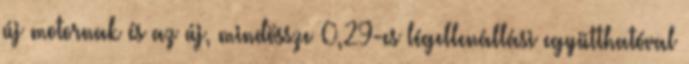
új motornak és az új, mindössze 0,29-es légellenállási együtthatóval